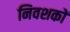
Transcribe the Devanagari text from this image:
निवशकों